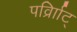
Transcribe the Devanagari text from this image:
पर्व्राािट्